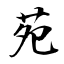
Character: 苑